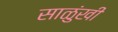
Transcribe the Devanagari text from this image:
साळुंखी